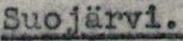
Suojärvi.